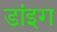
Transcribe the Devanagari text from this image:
डांइग